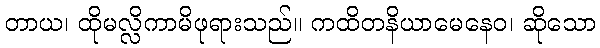
တာယ၊ ထိုမလ္လိကာမိဖုရားသည်။ ကထိတနိယာမေနေဝ၊ ဆိုသော